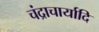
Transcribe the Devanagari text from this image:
चंद्राचार्यादि